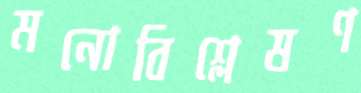
মনোবিশ্লেষণ